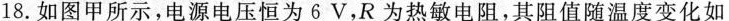
18.如图甲所示，电源电压恒为6V，R为热敏电阻，其阻值随温度变化如